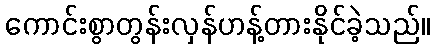
ကောင်းစွာတွန်းလှန်ဟန့်တားနိုင်ခဲ့သည်။